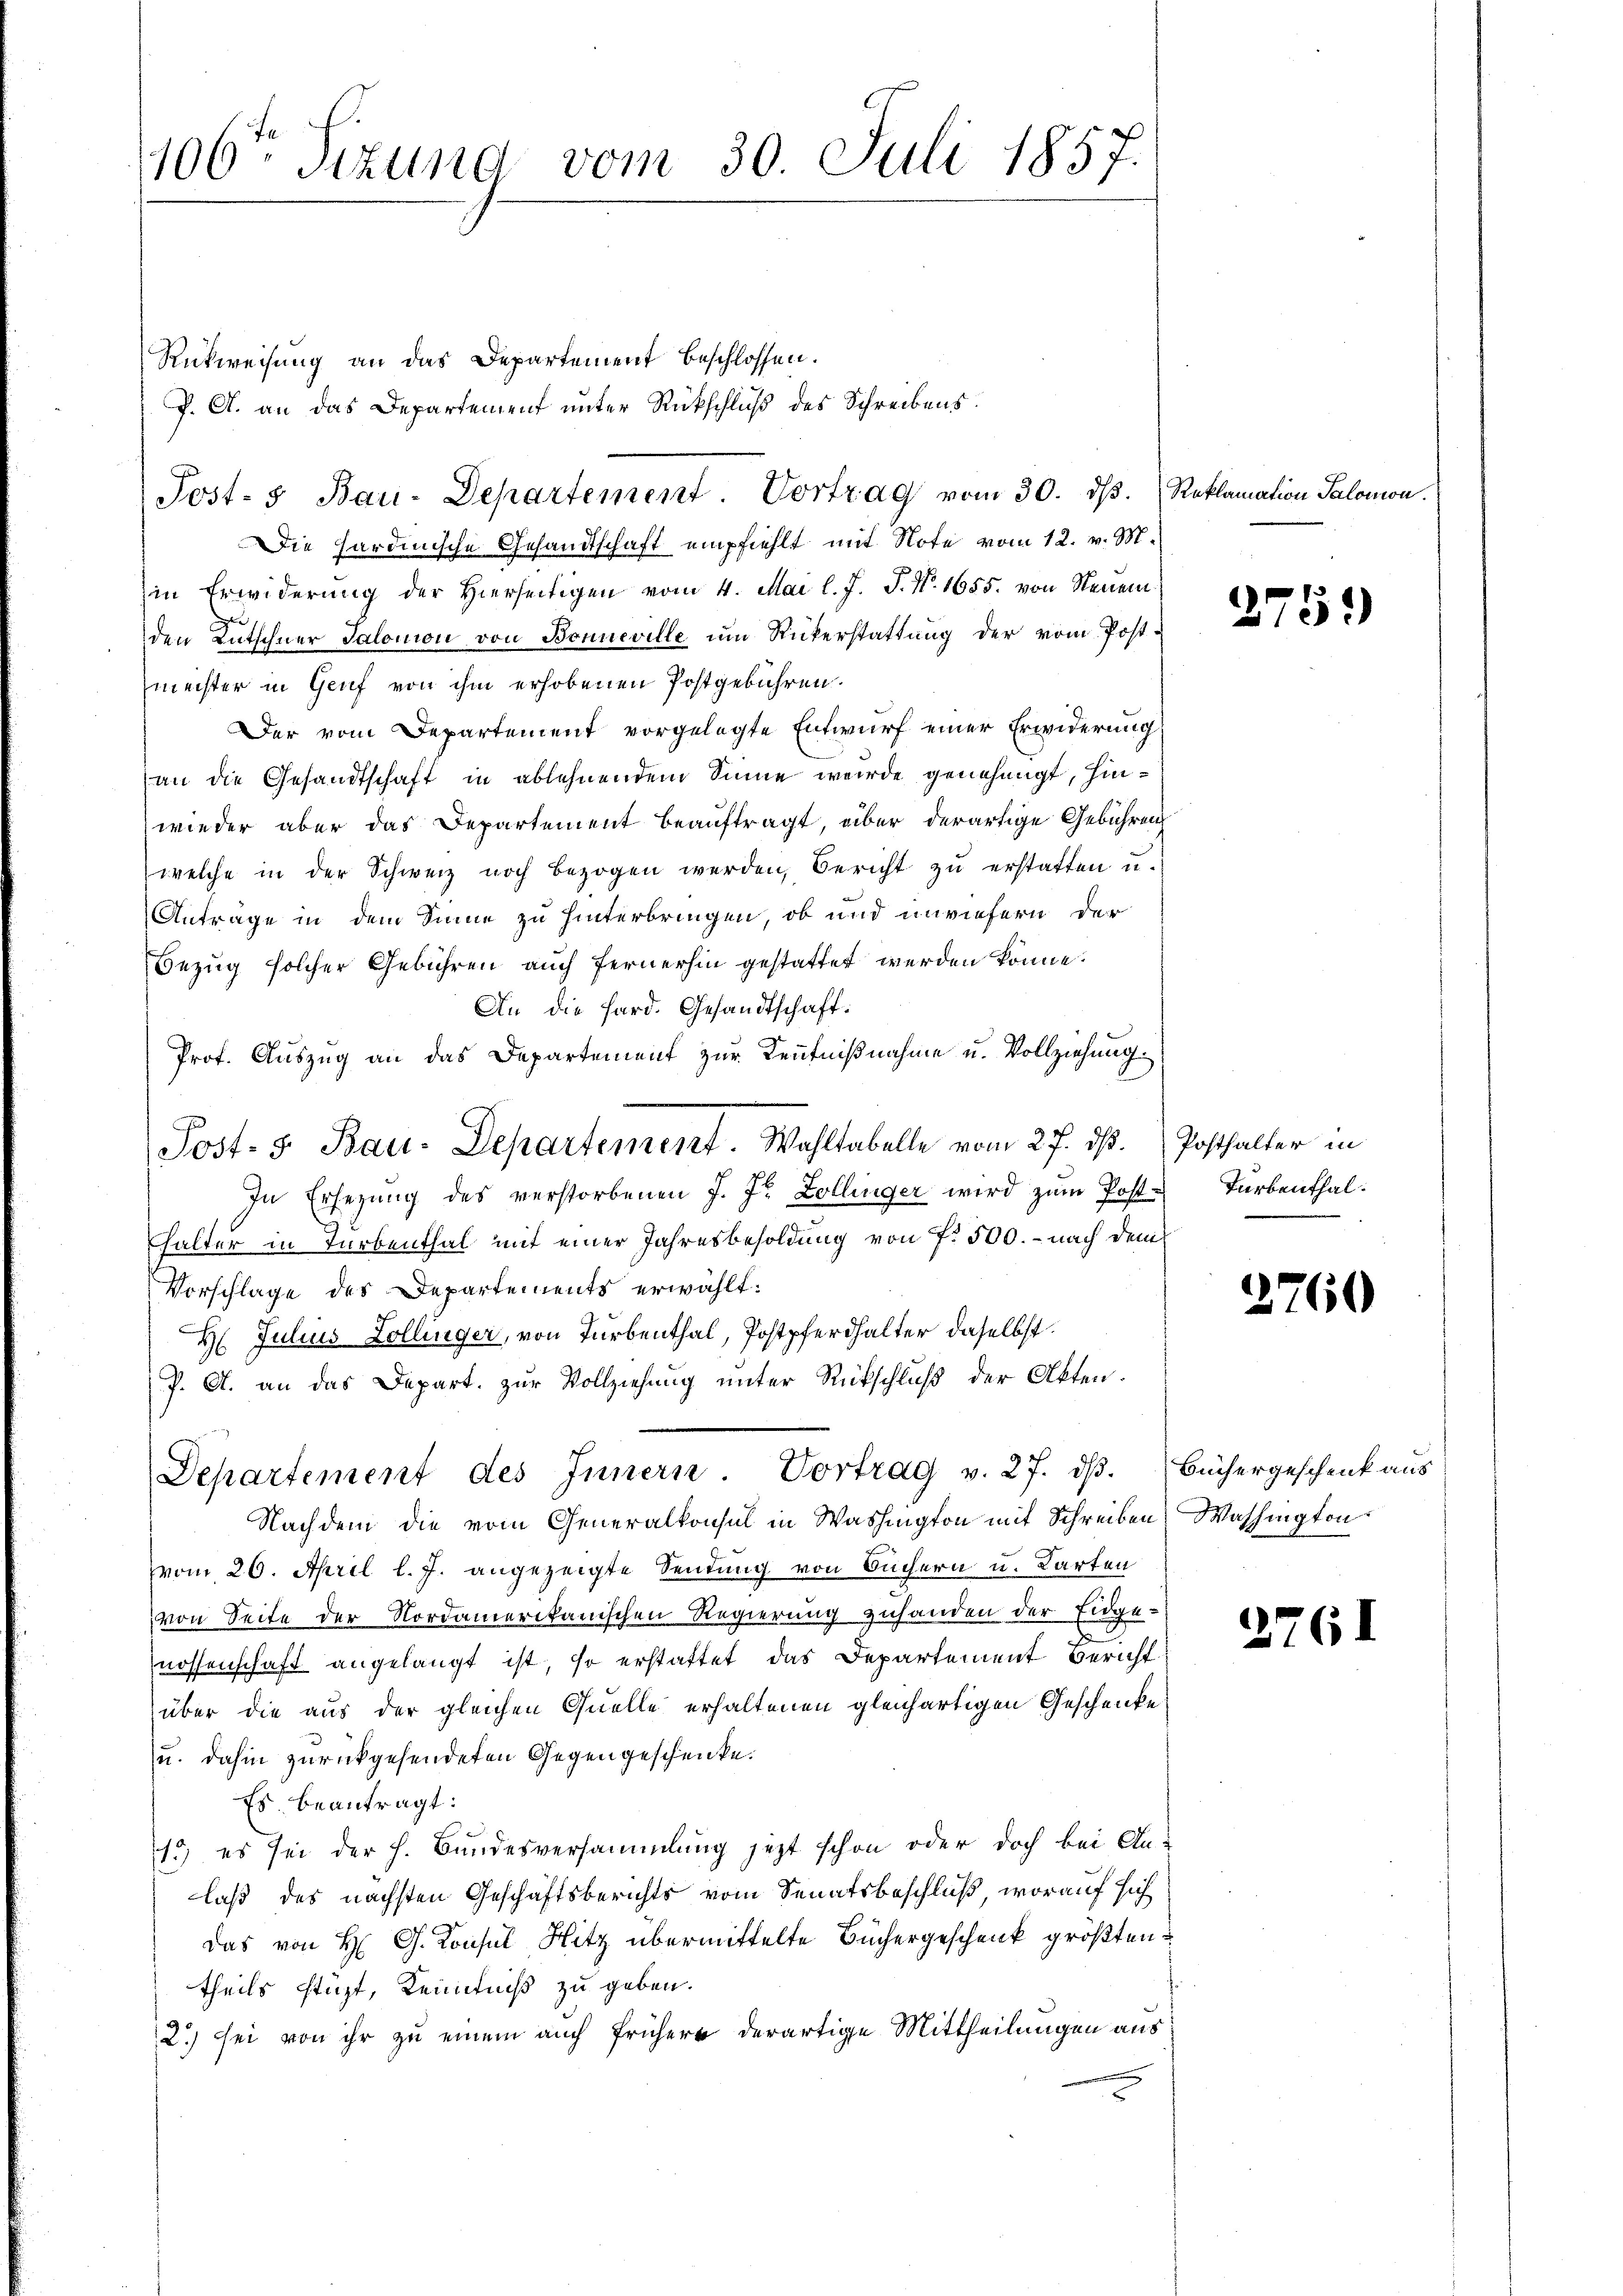
106 Sizung vom 30. Juli 1857.

Rückweisung an das Departement beschlossen.
J. A. an das Departement unter Rückschluß des Schreibens.
Die hardinische Gesandtschaft empfiehlt mit Note vom 12. v. M.
in Erwiderŭng der hierseitigen vom 4. Mai l. J. J. N. 1655. von Steuerden Kutschner Salomon von Bonneville ŭm Rückerstattung der vom Postmechter in Genf von ihm erhobenen Postgebühren.
Der vom Departement vorgelegte Entwurf einer Erwiderung
an die Gesandtschaft in ablehnendem Sinne wurde genehmigt, hinwieder aber das Departement beauftragt, über derartige Gebühren
welche in der Schweiz noch bezogen werden, Bericht zu erstatten u.
Anträge in dem Sinne zu hinterbringen, ob und unwiefern der
Bezug solcher Gebühren auch fernerhin gestattet werden könne.
An die Sard. Gesandtschaft:
Prof. Auszug an das Departement zur Kenntnißnahme u. Vollziehung.
In Ersezung des verstorbenen J. J. Zollinger wird zŭm Post-Turbenthal.
Falter in Turbenthal mit einer Jahresbesoldung von f. 500. - nach dem
Vorschlage des Departements erwählt:
H Julius Zollinger, von Turbenthal, Postpferdhalter daselbst.
P. A. an das Depart. zŭr Vollziehung unter Rückschluß der Akten.
Departement des Innern Vortrag v. 27. dβ.
Nachdem die vom Generalkonsul in Washington mit Schreiben Washington
vom 26. April l. J. angezeigte Sendung von Büchern u. Karten
von Seite der Nordamerikanischen Regierung zuhanden der Eidge-
nossenschaft angelangt ist, so erstattet das Departement Bericht
über die aus der gleichen Quelle erhaltenen gleichartigen Geschenke
u. dahin zurückgehendeten Gegengeschenke.
Es beantragt:
1.) es sei der h. Bundesversammlung jetzt schon oder doch bei An-
laß des nächsten Geschäftsberichts vom Senatsbeschluß, worauf sich
Das von H. G. Konsul Hitz übermittelte Büchergeschenk größten
theils stüzt, Kenntniß zu geben.
2) sei von ihr zu einem auch frühere derartige Mittheilungen aus

Post- & Bau-Departement Vortrag vom 30. dβ. (Reklamation Salomon.

Post- 5. Bau-Departement. Wahltabelle vom 27. dß. Posthalter in

2759

.

1760

Büchergeschenk aus

276.